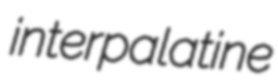
interpalatine